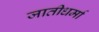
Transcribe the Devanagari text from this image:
जातीधर्मा